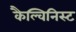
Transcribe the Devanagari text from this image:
कैल्विनिस्ट